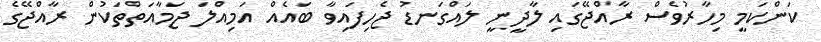
ކަންކަމީ މިހާރުވެސް ރާއްޖޭގައި ލާދީނީ ލައްގަނޑު ޖެހިފައިވާ ބައެއް އަމިއްލަ ޖަމާއަތްތަކުން ރާއްޖޭގެ